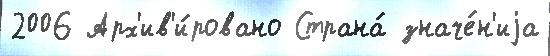
2006 Арх'ив'и́ровано Страна́ значе́н'иjа